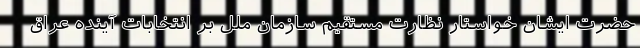
حضرت ایشان خواستار نظارت مستقیم سازمان ملل بر انتخابات آینده عراق